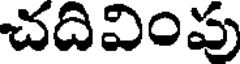
చదివింపు